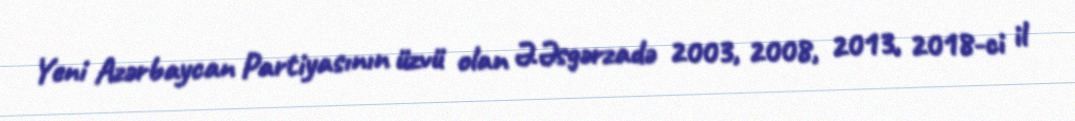
Yeni Azərbaycan Partiyasının üzvü olan Ə.Əsgərzadə 2003, 2008, 2013, 2018-ci il